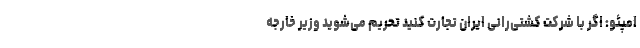
امپئو: اگر با شرکت کشتی‌رانی ایران تجارت کنید تحریم می‌شوید وزیر خارجه